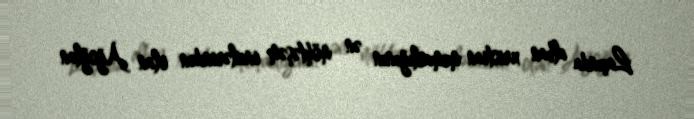
Laçında alban xristian memarlığının ən möhtəşəm incilərindən olan Ağoğlan